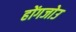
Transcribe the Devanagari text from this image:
होंगजोउ